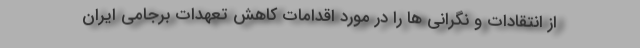
از انتقادات و نگرانی ها را در مورد اقدامات کاهش تعهدات برجامی ایران